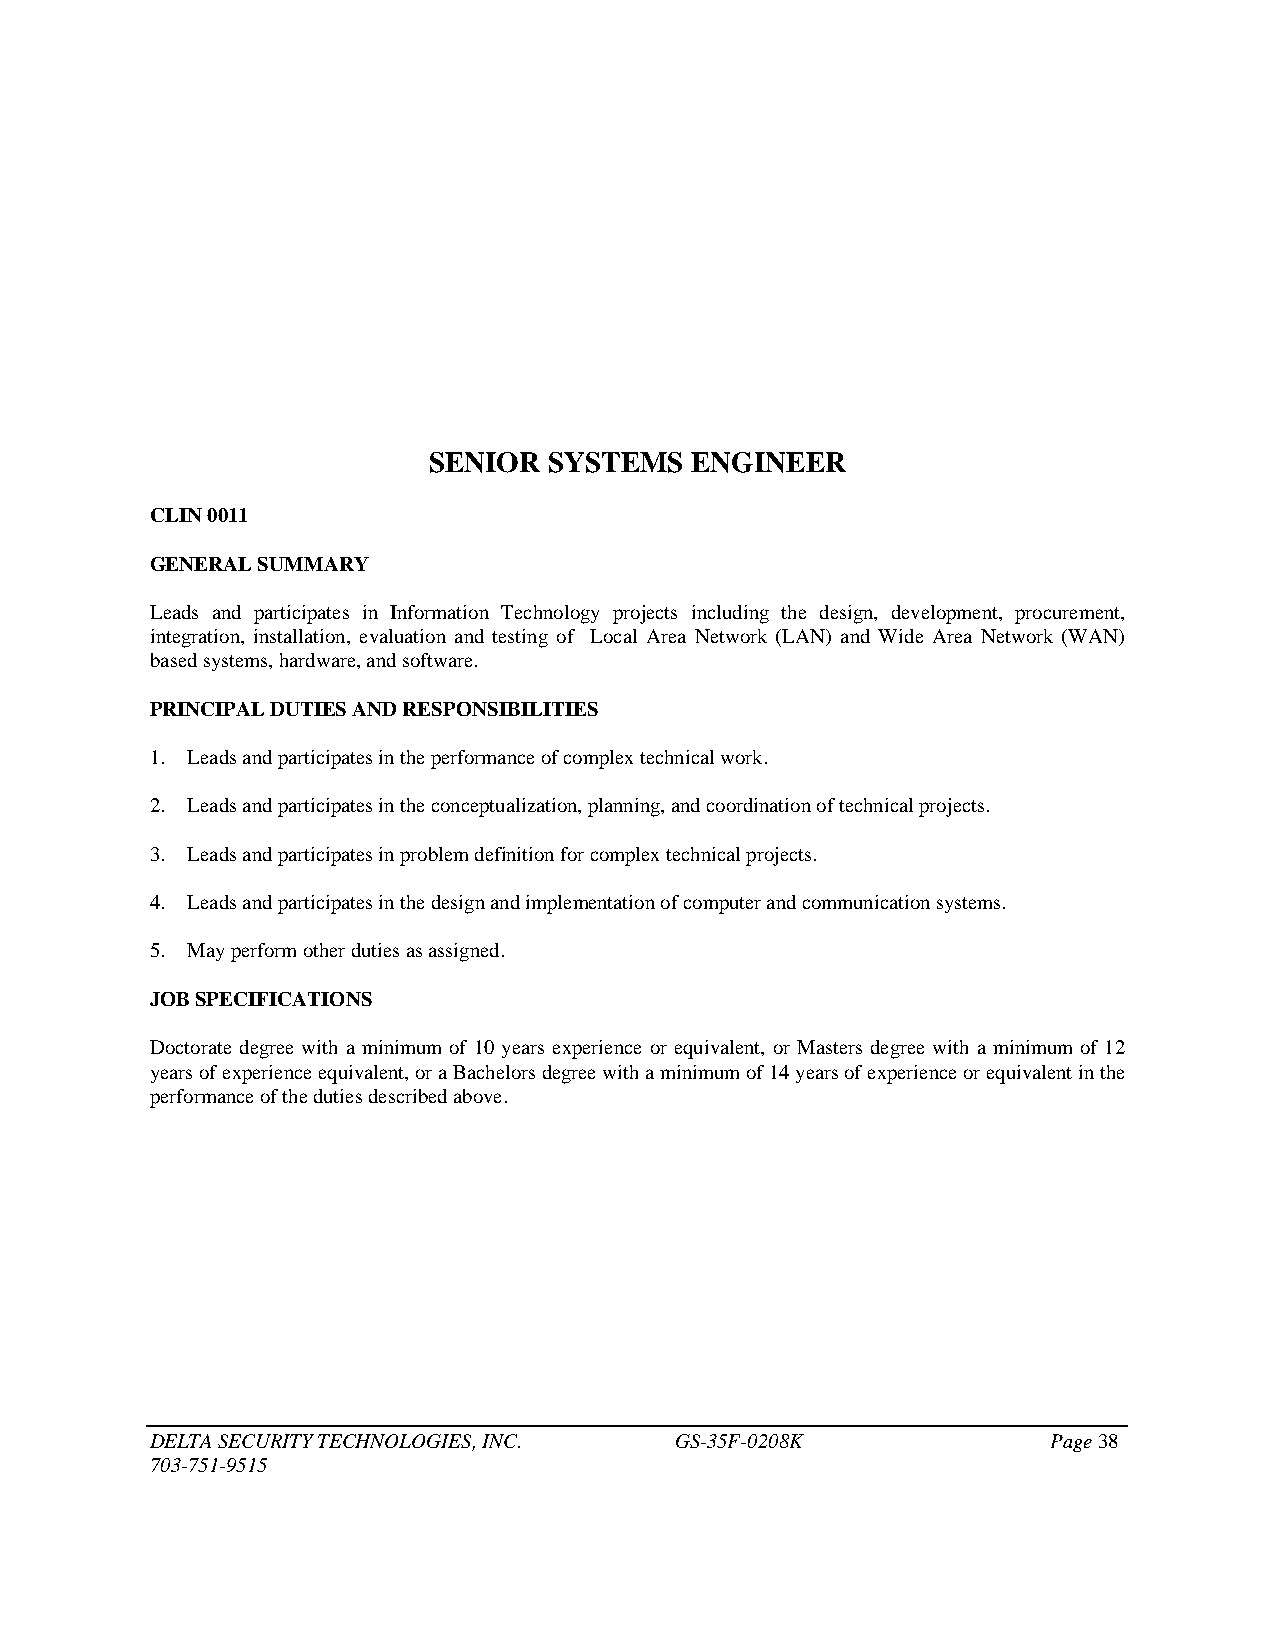
SENIOR  SYSTEMS   ENGINEER
 CLIN 0011
 GENERAL SUMMARY
 Leads and participates in Information Technology projects including the design, development, procurement,
 integration, installation, evaluation and testing of Local Area Network (LAN) and Wide Area Network (WAN)
 based systems, hardware, and software.
 PRINCIPAL DUTIES AND RESPONSIBILITIES
 1. Leads and participates in the performance of complex technical work.
 2. Leads and participates in the conceptualization, planning, and coordination of technical projects.
 3. Leads and participates in problem definition for complex technical projects.
 4. Leads and participates in the design and implementation of computer and communication systems.
 5. May perform other duties as assigned.
 JOB SPECIFICATIONS
 Doctorate degree with a minimum of 10 years experience or equivalent, or Masters degree with a minimum of 12
 years of experience equivalent, or a Bachelors degree with a minimum of 14 years of experience or equivalent in the
 performance of the duties described above.
 DELTA SECURITY TECHNOLOGIES, INC.  GS-35F-0208K             Page 38
 703-751-9515